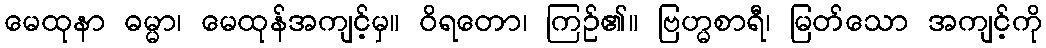
မေထုနာ ဓမ္မာ၊ မေထုန်အကျင့်မှ။ ဝိရတော၊ ကြဉ်၏။ ဗြဟ္မစာရီ၊ မြတ်သော အကျင့်ကို